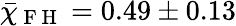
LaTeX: \bar{\chi}_{\mathrm{~F~H~}}=0.49\pm 0.13